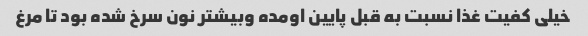
خیلی کفیت غذا نسبت به قبل پایین اومده وبیشتر نون سرخ شده بود تا مرغ